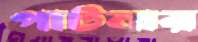
পাটনার